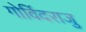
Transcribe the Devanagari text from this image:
गोविंदराजु